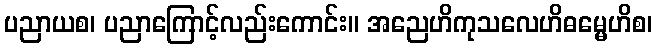
ပညာယစ၊ ပညာကြောင့်လည်းကောင်း။ အညေဟိကုသလေဟိဓမ္မေဟိစ၊